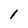
Character: 1